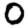
Digit: 0